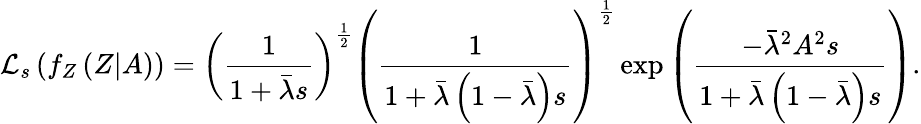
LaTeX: \mathcal{L}_{s}\left(f_{Z}\left(Z|A\right)\right)=\left(\frac{1}{1+\bar{\lambda}s}\right)^{\frac{1}{2}}\left(\frac{1}{1+\bar{\lambda}\left(1-\bar{\lambda}\right)s}\right)^{\frac{1}{2}}\exp\left(\frac{-\bar{\lambda}^{2}A^{2}s}{1+\bar{\lambda}\left(1-\bar{\lambda}\right)s}\right).